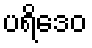
ပရိဒေဝ